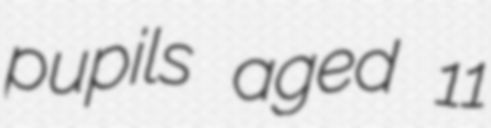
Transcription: pupils aged 11